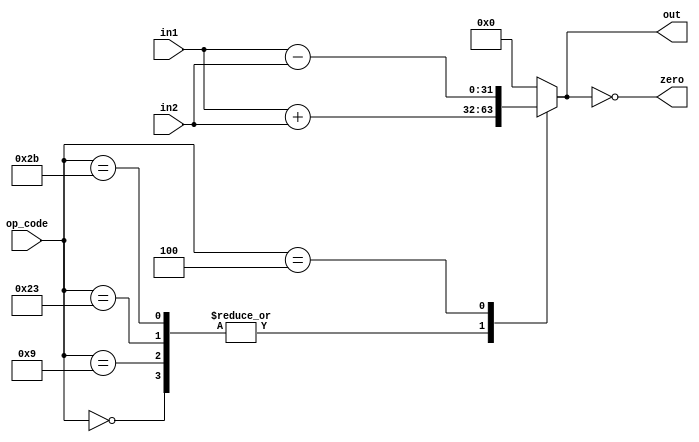
module alu(
	input [31:0] in1,
	input [31:0] in2,
	input [5:0] op_code,

	output zero,
	output reg [31:0] out
	);

assign zero = out == 0;

always @(*) begin
	case(op_code)
		6'b000000: out = in1 + in2; // 	Add Unsigned
		6'b001001: out = in1 + in2; // 	Add Immediate Unsigned
		6'b100011: out = in1 + in2; //  Load Word
		6'b101011: out = in1 + in2; // 	Store Word
		6'b000100: out = in1 - in2; //  Branch On Equal
		default: out = 0;
	endcase // op_code
end

endmodule